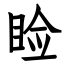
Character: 睑